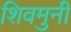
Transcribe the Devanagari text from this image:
शिवमुनी